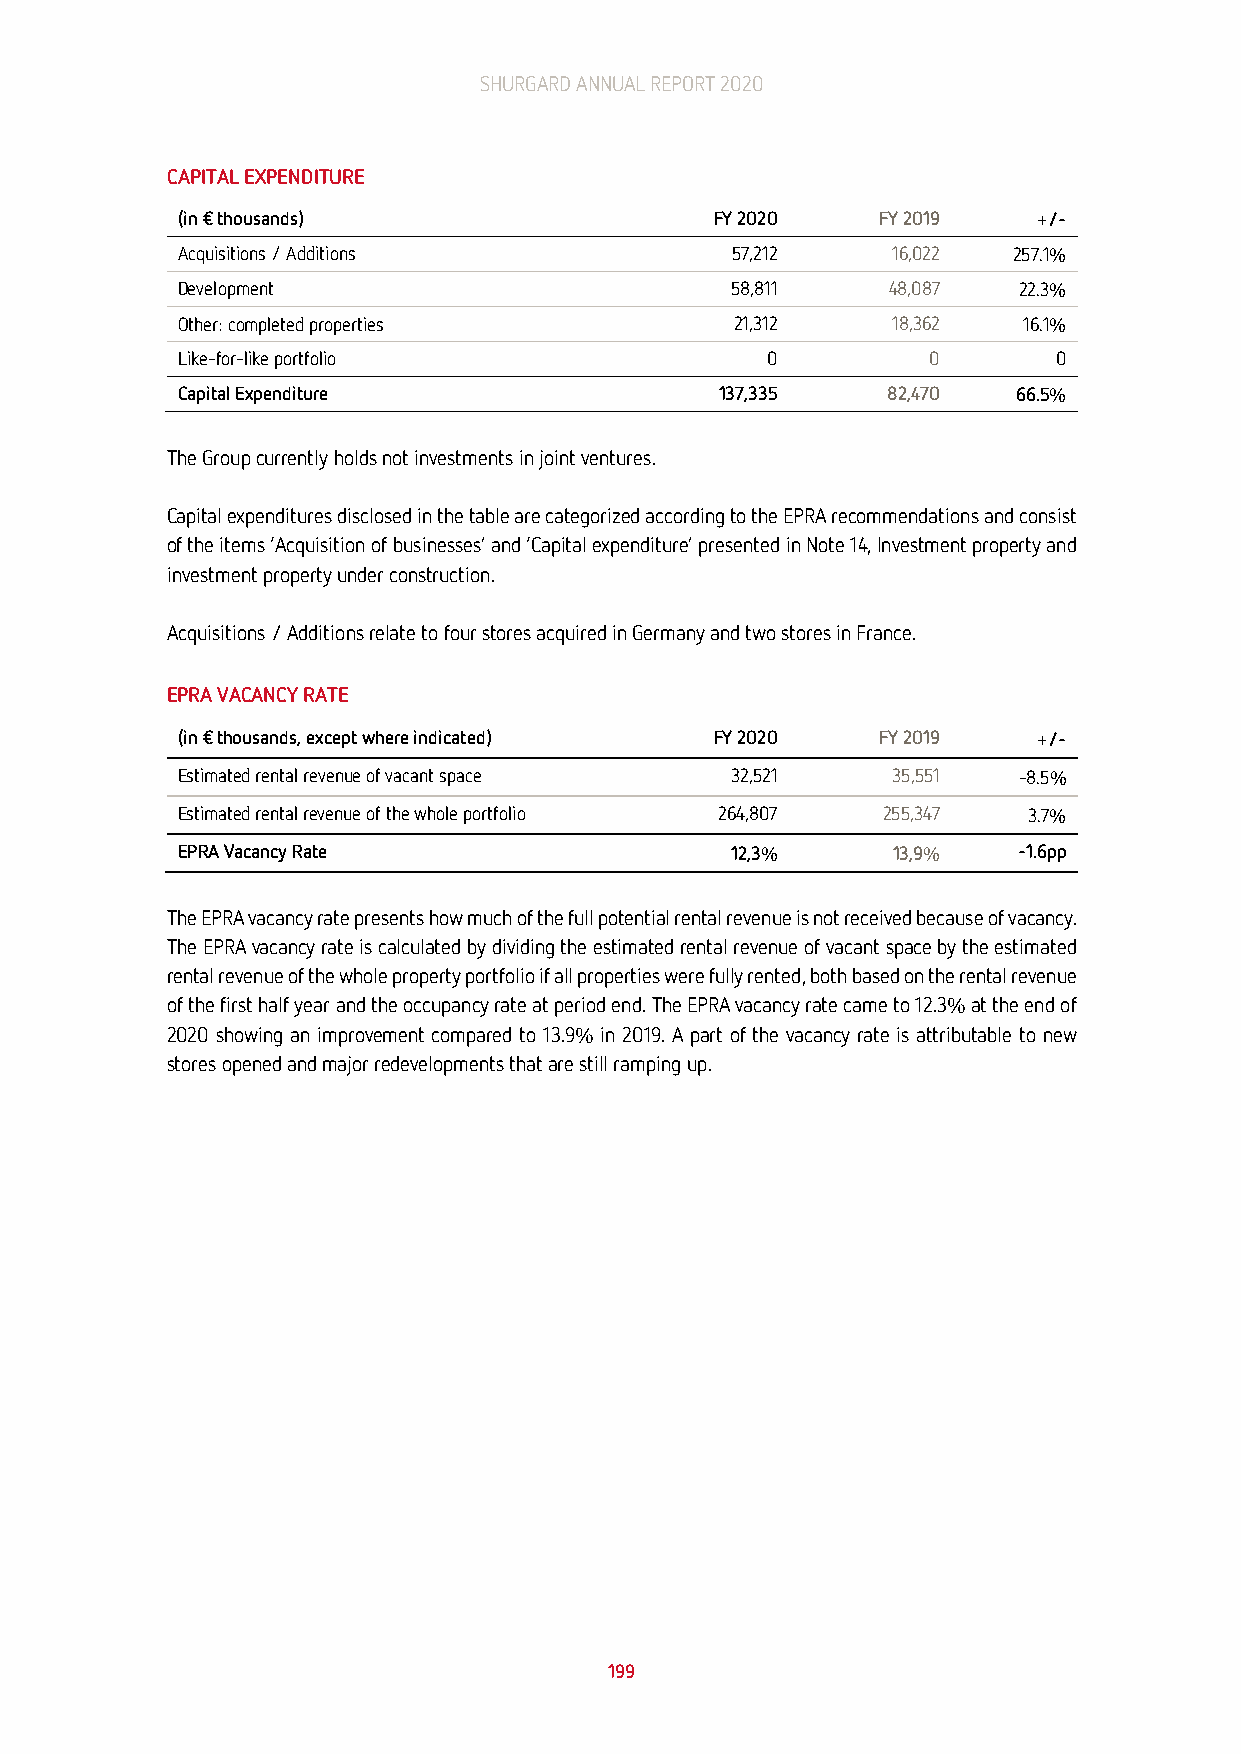
SHURGARD ANNUAL REPORT 2020
 CAPITAL EXPENDITURE
 (in € thousands)                   FY 2020    FY 2019    +/-
 Acquisitions / Additions            57,212     16,022  257.1%
 Development                         58,811     48,087  22.3%
 Other: completed properties          21,312    18,362   16.1%
 Like-for-like portfolio                0         0        0
 Capital Expenditure                 137,335    82,470  66.5%
 The Group currently holds not investments in joint ventures.
 Capital expenditures disclosed in the table are categorized according to the EPRA recommendations and consist
 of the items ‘Acquisition of businesses’ and ‘Capital expenditure’ presented in Note 14, Investment property and
 investment property under construction.
 Acquisitions / Additions relate to four stores acquired in Germany and two stores in France.
 EPRA VACANCY RATE
 (in € thousands, except where indicated) FY 2020 FY 2019 +/-
 Estimated rental revenue of vacant space 32,521 35,551 -8.5%
 Estimated rental revenue of the whole portfolio 264,807 255,347 3.7%
 EPRA Vacancy Rate                   12,3%      13,9%   -1.6pp
 The EPRA vacancy rate presents how much of the full potential rental revenue is not received because of vacancy.
 The EPRA vacancy rate is calculated by dividing the estimated rental revenue of vacant space by the estimated
 rental revenue of the whole property portfolio if all properties were fully rented, both based on the rental revenue
 of the first half year and the occupancy rate at period end. The EPRA vacancy rate came to 12.3% at the end of
 2020 showing an improvement compared to 13.9% in 2019. A part of the vacancy rate is attributable to new
 stores opened and major redevelopments that are still ramping up.
 199